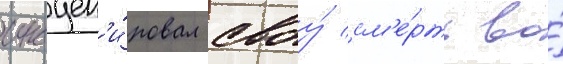
инсцен'и́ровал своу́ см'е́рть во́